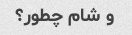
و شام چطور؟